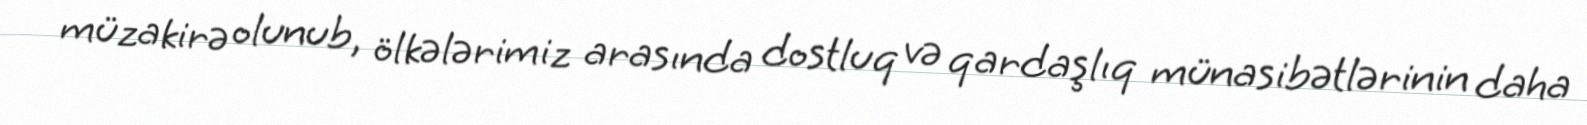
müzakirə olunub, ölkələrimiz arasında dostluq və qardaşlıq münasibətlərinin daha